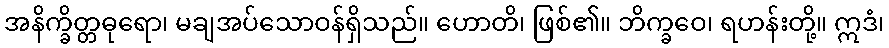
အနိက္ခိတ္တဓုရော၊ မချအပ်သောဝန်ရှိသည်။ ဟောတိ၊ ဖြစ်၏။ ဘိက္ခဝေ၊ ရဟန်းတို့။ ဣဒံ၊